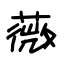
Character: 薇